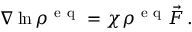
\begin{array} { r } { \nabla \ln \rho ^ { \mathrm { ~ e ~ q ~ } } = \chi \rho ^ { \mathrm { ~ e ~ q ~ } } \vec { F } \, . } \end{array}